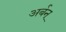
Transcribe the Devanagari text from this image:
अर्बन्